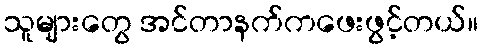
သူများတွေ အင်တာနက်ကဖေးဖွင့်တယ်။